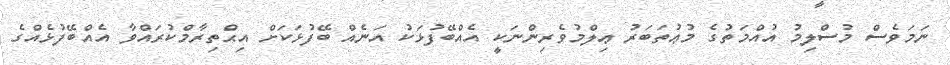
ނަމަވެސް މުސްލިމު އުއްމަތުގެ މުޢުތަބަރު ޢިލްމުވެރިންނަކީ އެއްބޭފުޅަކު އަނެއް ބޭފުޅަކަށް އިޙްތިރާމްކުރައްވާ އެއްބޭފުޅެއްގެ